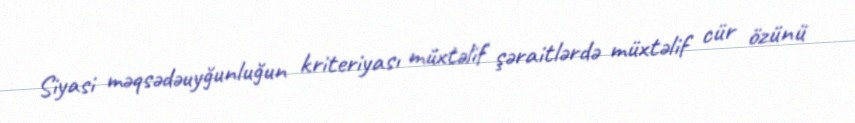
Siyasi məqsədəuyğunluğun kriteriyası müxtəlif şəraitlərdə müxtəlif cür özünü